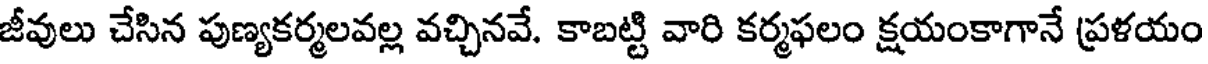
జీవులు చేసిన పుణ్యకర్మలవల్ల వచ్చినవే. కాబట్టి వారి కర్మఫలం క్షయంకాగానే ప్రళయం